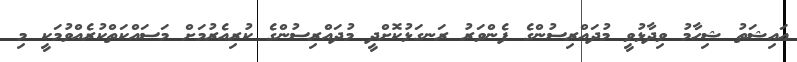
އައިޝަތު ޝިހާމު ވިދާޅުވީ މުދައްރިސުންގެ ފެންވަރު ރަނގަޅުކޮށްދީ މުދައްރިސުންގެ ކުރިއެރުމަށް މަސައްކަތްކުރެއްވުމަކީ މި